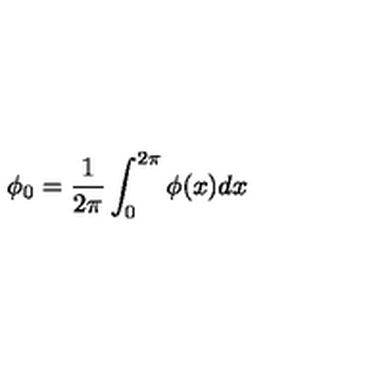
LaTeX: \phi _ { 0 } = \frac 1 { 2 \pi } \int _ { 0 } ^ { 2 \pi } \phi ( x ) d x